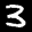
Label: 3